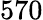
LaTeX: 570